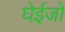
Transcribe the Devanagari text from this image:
घेईजो